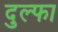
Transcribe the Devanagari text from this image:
दुल्‍फा